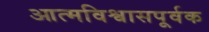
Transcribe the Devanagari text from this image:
आत्मविश्वासपूर्वक